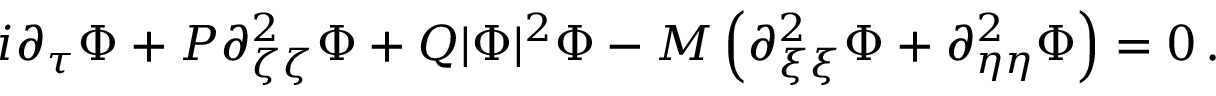
i \partial _ { \tau } \Phi + P \partial _ { \zeta \zeta } ^ { 2 } \Phi + Q | \Phi | ^ { 2 } \Phi - M \left( \partial _ { \xi \xi } ^ { 2 } \Phi + \partial _ { \eta \eta } ^ { 2 } \Phi \right) = 0 \, .